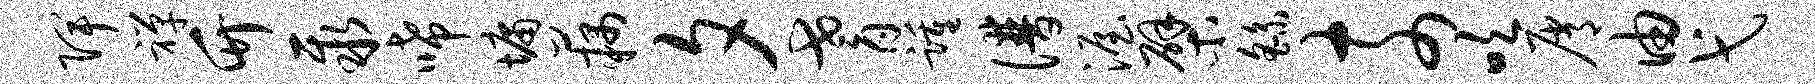
陴禅竹聚唏墉藕夕耆踵谱渥檗繇奈吹屑由弋